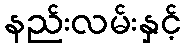
နည်းလမ်းနှင့်